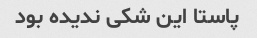
پاستا این شکی ندیده بود